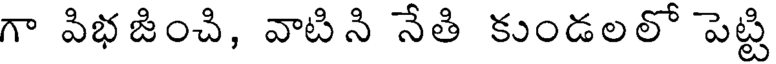
గా విభజించి, వాటిని నేతి కుండలలో పెట్టి